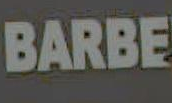
BARBE